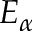
E _ { \alpha }